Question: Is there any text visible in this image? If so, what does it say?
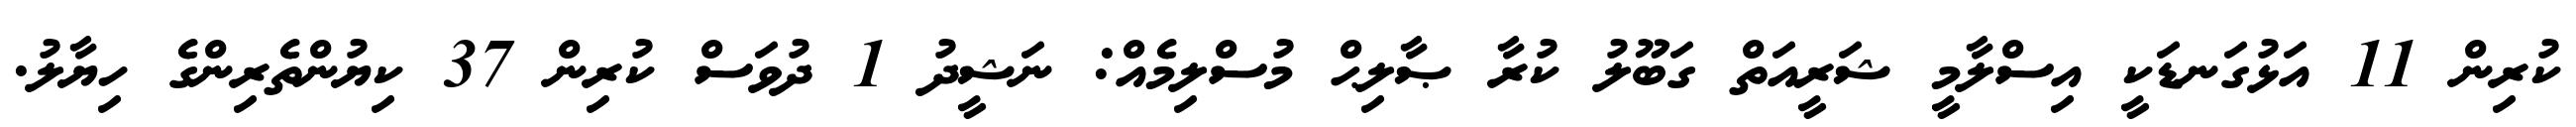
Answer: ކުރިން 11 އަޅުގަނޑަކީ އިސްލާމީ ޝަރީއަތް ގަބޫލު ކުރާ ޞާލިޙް މުސްލިމެއް: ނަޝީދު 1 ދުވަސް ކުރިން 37 ކިޔުންތެރިންގެ ހިޔާލު.